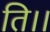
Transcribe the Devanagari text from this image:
ति।।